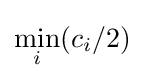
\min _{i}(c_{i}/2)